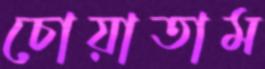
চোয়াতাম